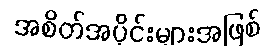
အစိတ်အပိုင်းများအဖြစ်